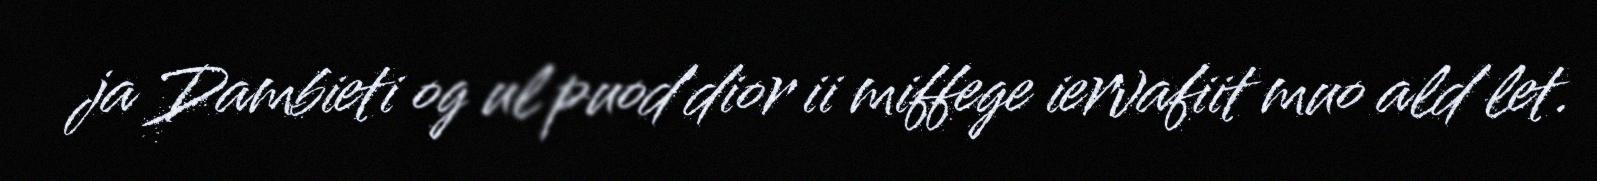
ja Dambieti og ul puod'dior ii miffege iervafiit muo ald let.